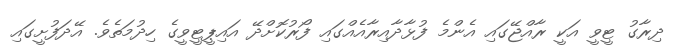
ދިރާގު ޓީވީ އަކީ ރާއްޖޭގައި އެންމެ ފުޅާދާއިރާއެއްގައި ފޯރުކޮށްދޭ އައިޕީޓީވީގެ ހިދުމަތެވެ. އޭދަފުށީގައި